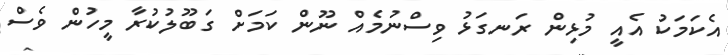
އެކަމަކު އެއީ މުޅިން ރަނގަޅު ވިސްނުމެއް ނޫން ކަމަށް ގަބޫލުކުރާ މީހުން ވެސް